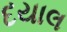
દયાલ